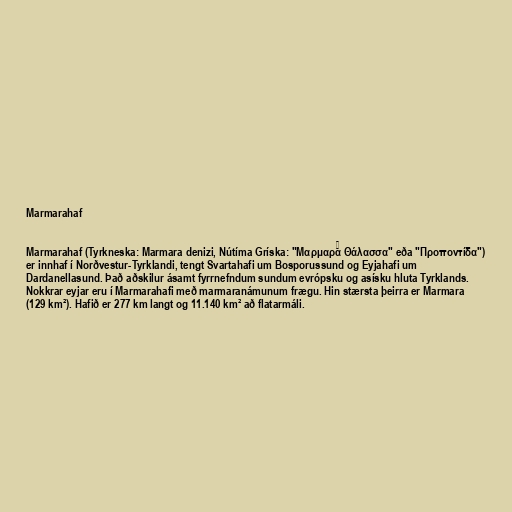
Marmarahaf

Marmarahaf (Tyrkneska: Marmara denizi, Nútíma Gríska: "Μαρμαρα̃ Θάλασσα" eða "Προποντίδα")
er innhaf í Norðvestur-Tyrklandi, tengt Svartahafi um Bosporussund og Eyjahafi um
Dardanellasund. Það aðskilur ásamt fyrrnefndum sundum evrópsku og asísku hluta Tyrklands.
Nokkrar eyjar eru í Marmarahafi með marmaranámunum frægu. Hin stærsta þeirra er Marmara
(129 km²). Hafið er 277 km langt og 11.140 km² að flatarmáli.